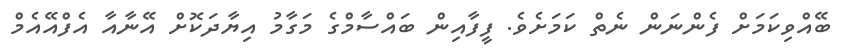
ބޭއްވިކަމަށް ފެންނަން ނެތް ކަމަށެވެ. ފީފާއިން ބައްސާމްގެ މަގާމު އިޔާދަކޮށް އޭނާއާ އެފްއޭއެމް